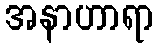
အနာဟာရာ